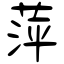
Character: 萍